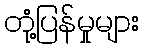
တုံ့ပြန်မှုများ